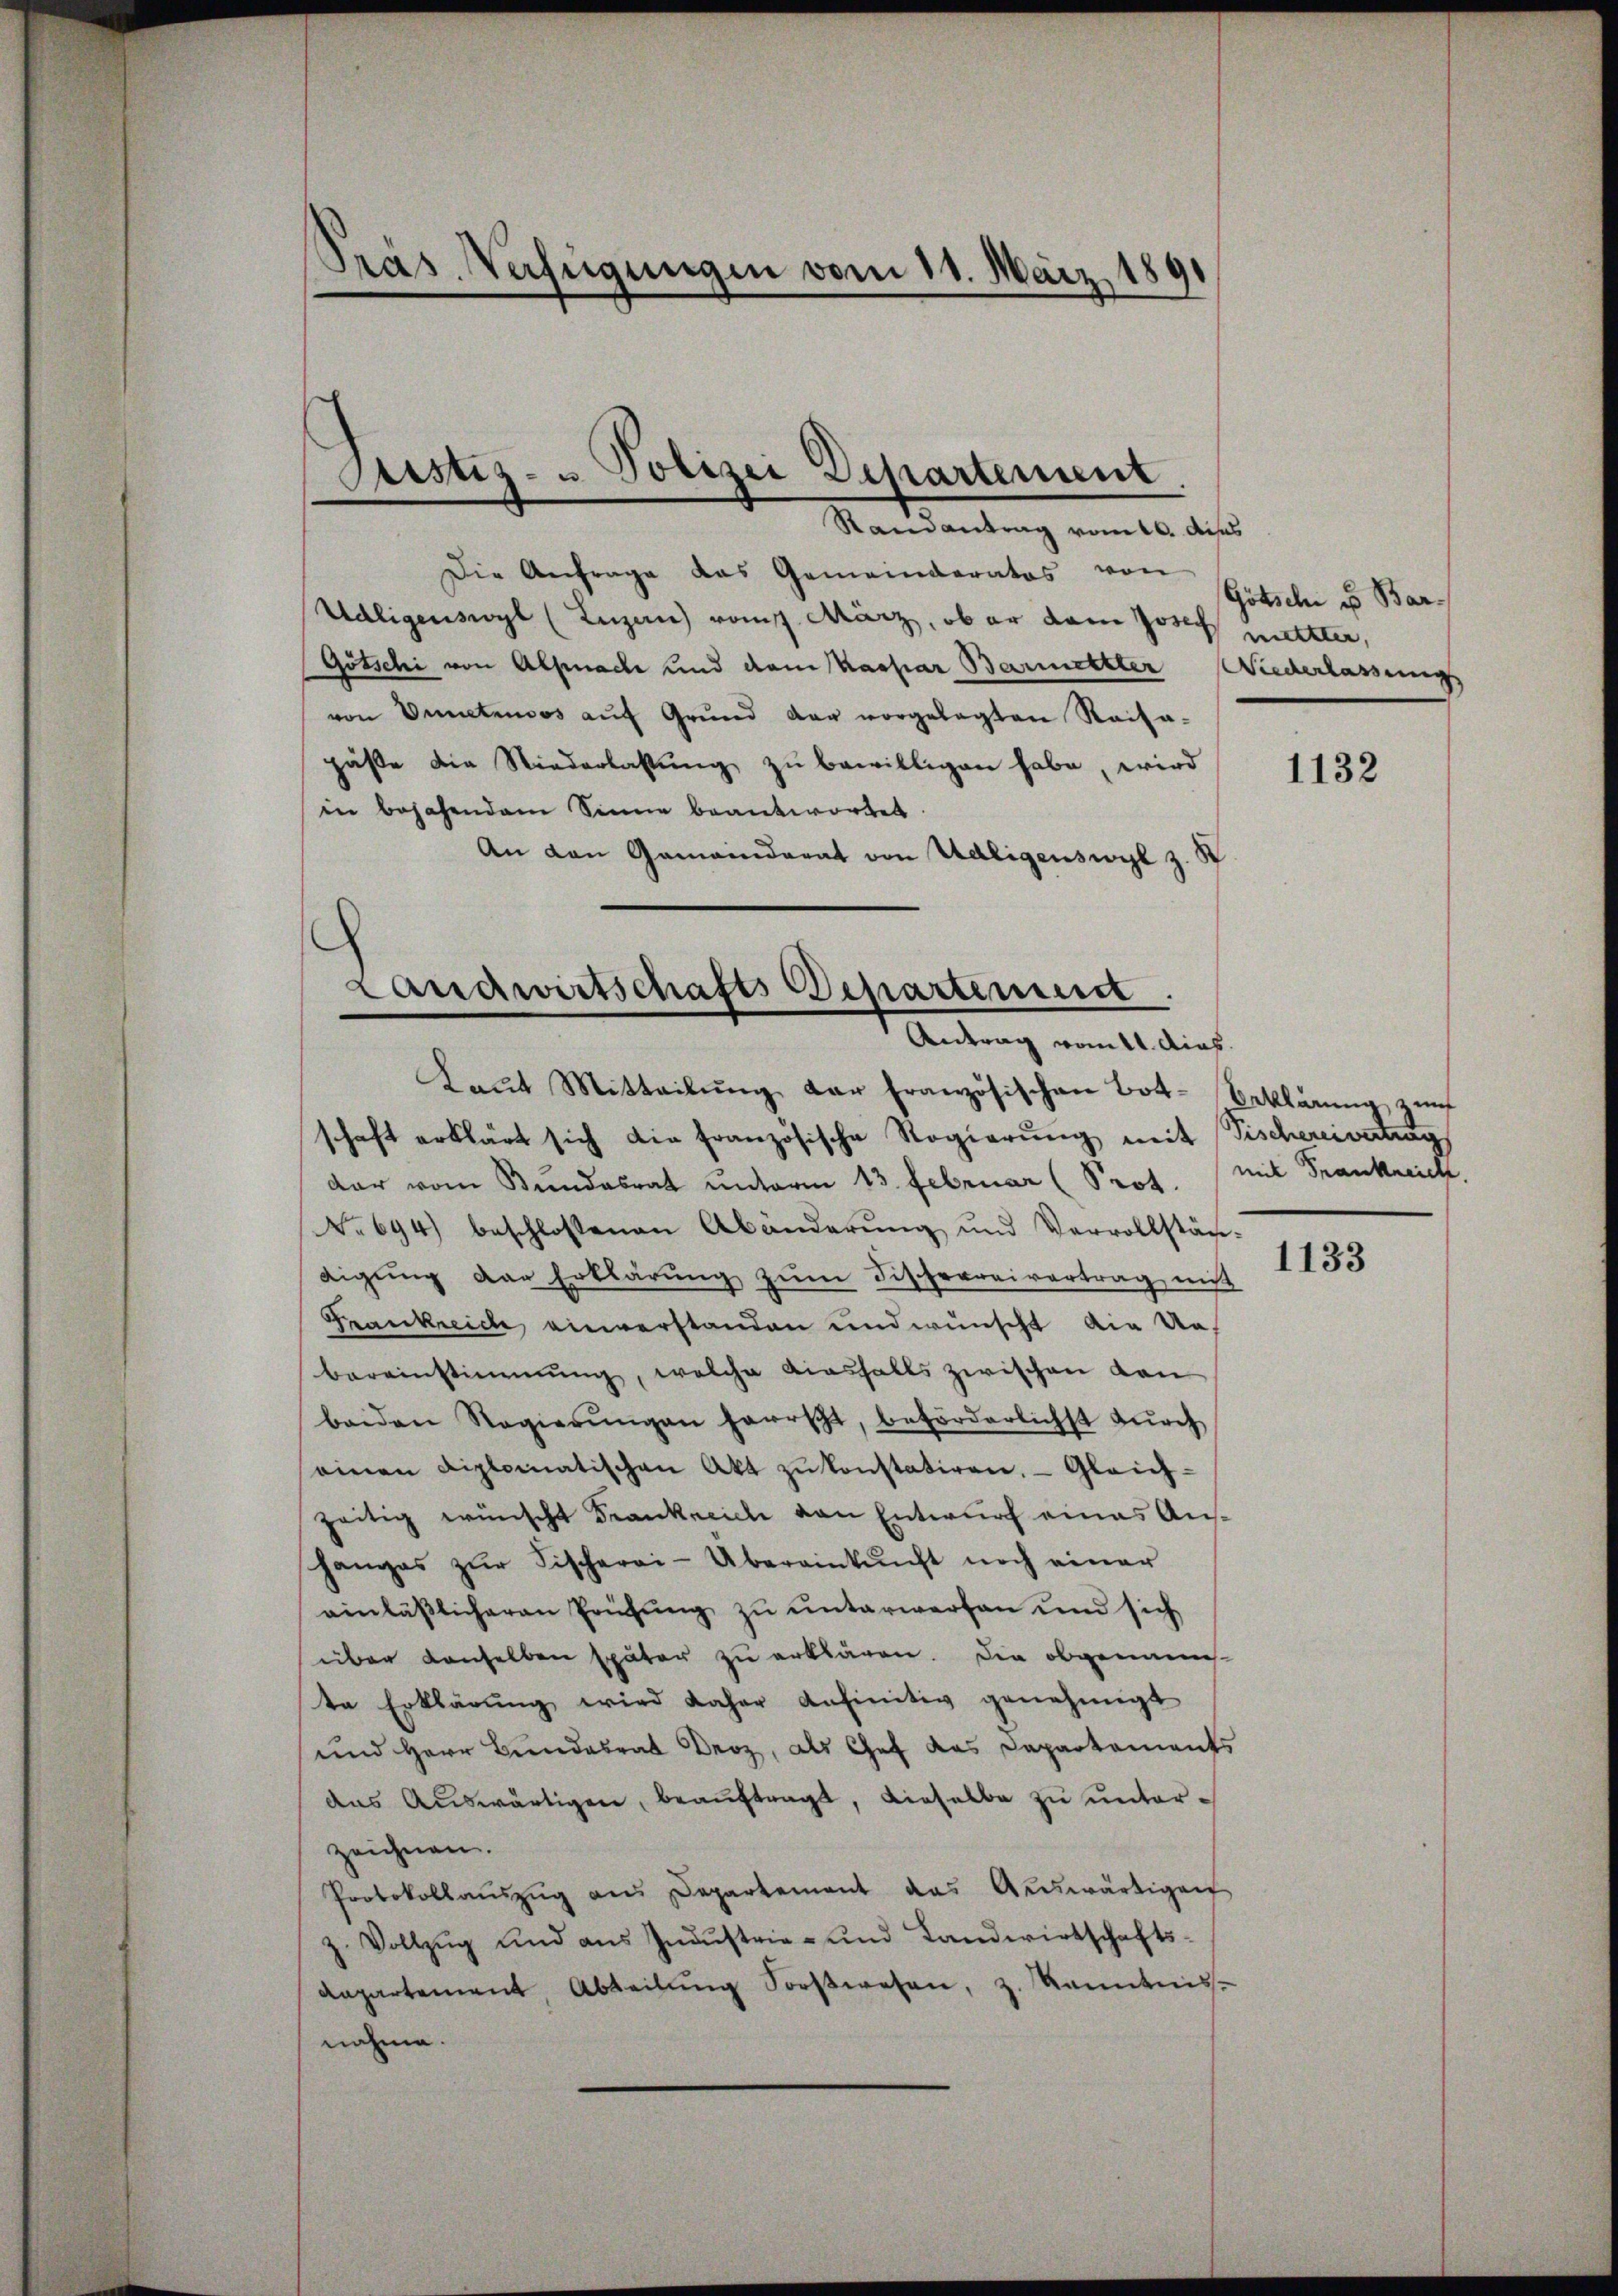
Präs. Verfügungen vom 11. März 1891

Randantrag vom 10. dess
Die Anfrage das Gemeinderatos von
Udligenswyl (Luzern vom März, ob er dem Josef mitter,
Götschi von Alpnache und dem Kaspar Barmerkter Niederlassung
von Veneteneos aŭf Grŭnd dar vorgelegten Raisa-
päße die Niederlassŭng zu bewilligen habe, wird
in bejahendem Sinne beantwortet.
An den Gemeinderat von Ueligenswyl z. K

Justiz- u. Polizei Departement.

Landwirtschafts Departemen.
Antrag vom 11. dich.

Kaŭt Mitteilŭng der französischen Bot- Beklärŭng zŭf
schaft erklärt sich die französische Regierŭng mit Fischereivertung
dar vom Bundesrat unterm 13. Februar (Prot. (mit Frankreich.
No 694) beschlossenen Abänderŭng und Vervollstän-
digŭng der Erklärŭng zŭm Fischerreivertrag mit
Frankreich einverstanden und wünscht die Unbereinstimmung, welche diesfalls zwischen den
beiden Regierŭngen herrscht, beförderlichst dŭrch
einen Diplomatischen Akt zŭ konstatiren. Gleich-
zeitig wünscht Frankreich von Entwurf eines Aushanges zŭr Fischerei-Übereinkunft noch einer
einläßlicheren Prüfung zu unterwerfen und sich
über denselben später zu erklären. Die obgenann-
te Erklärŭng wird daher anfinitiv genehmigt
und Herr Bundesrat Droz, als Chef das Departements
das Auswärtigen, beaŭftragt, dieselbe zu unterzeichnen.
Protokollaŭszŭg an Departement das Aŭswärtigen
z. Vollzŭg und aus Industrie- und Landwirtschafts-
departement Abteilŭng Forstwesen, z. Kenntnis-
nahme.

Götschi es Bar¬

1132

1133